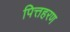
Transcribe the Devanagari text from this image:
पित्तहरण